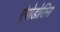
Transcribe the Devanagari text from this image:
ऐपोडोसिस